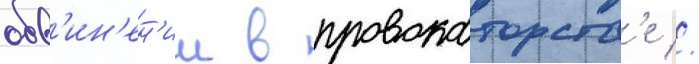
обв'ин'ен'ии в провокаторств'е //